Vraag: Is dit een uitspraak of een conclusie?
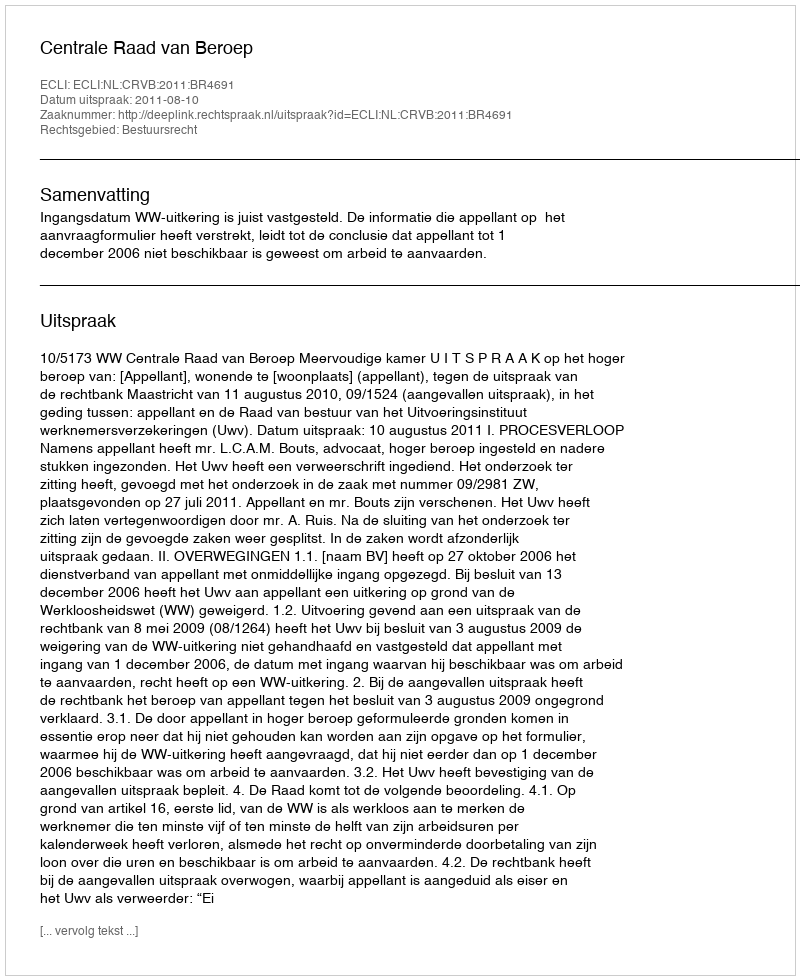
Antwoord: Uitspraak